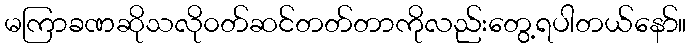
မကြာခဏဆိုသလို၀တ်ဆင်တတ်တာကိုလည်းတွေ့ရပါတယ်နော်။